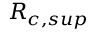
R _ { c , s u p }